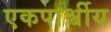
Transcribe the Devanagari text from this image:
एकपार्श्वीय